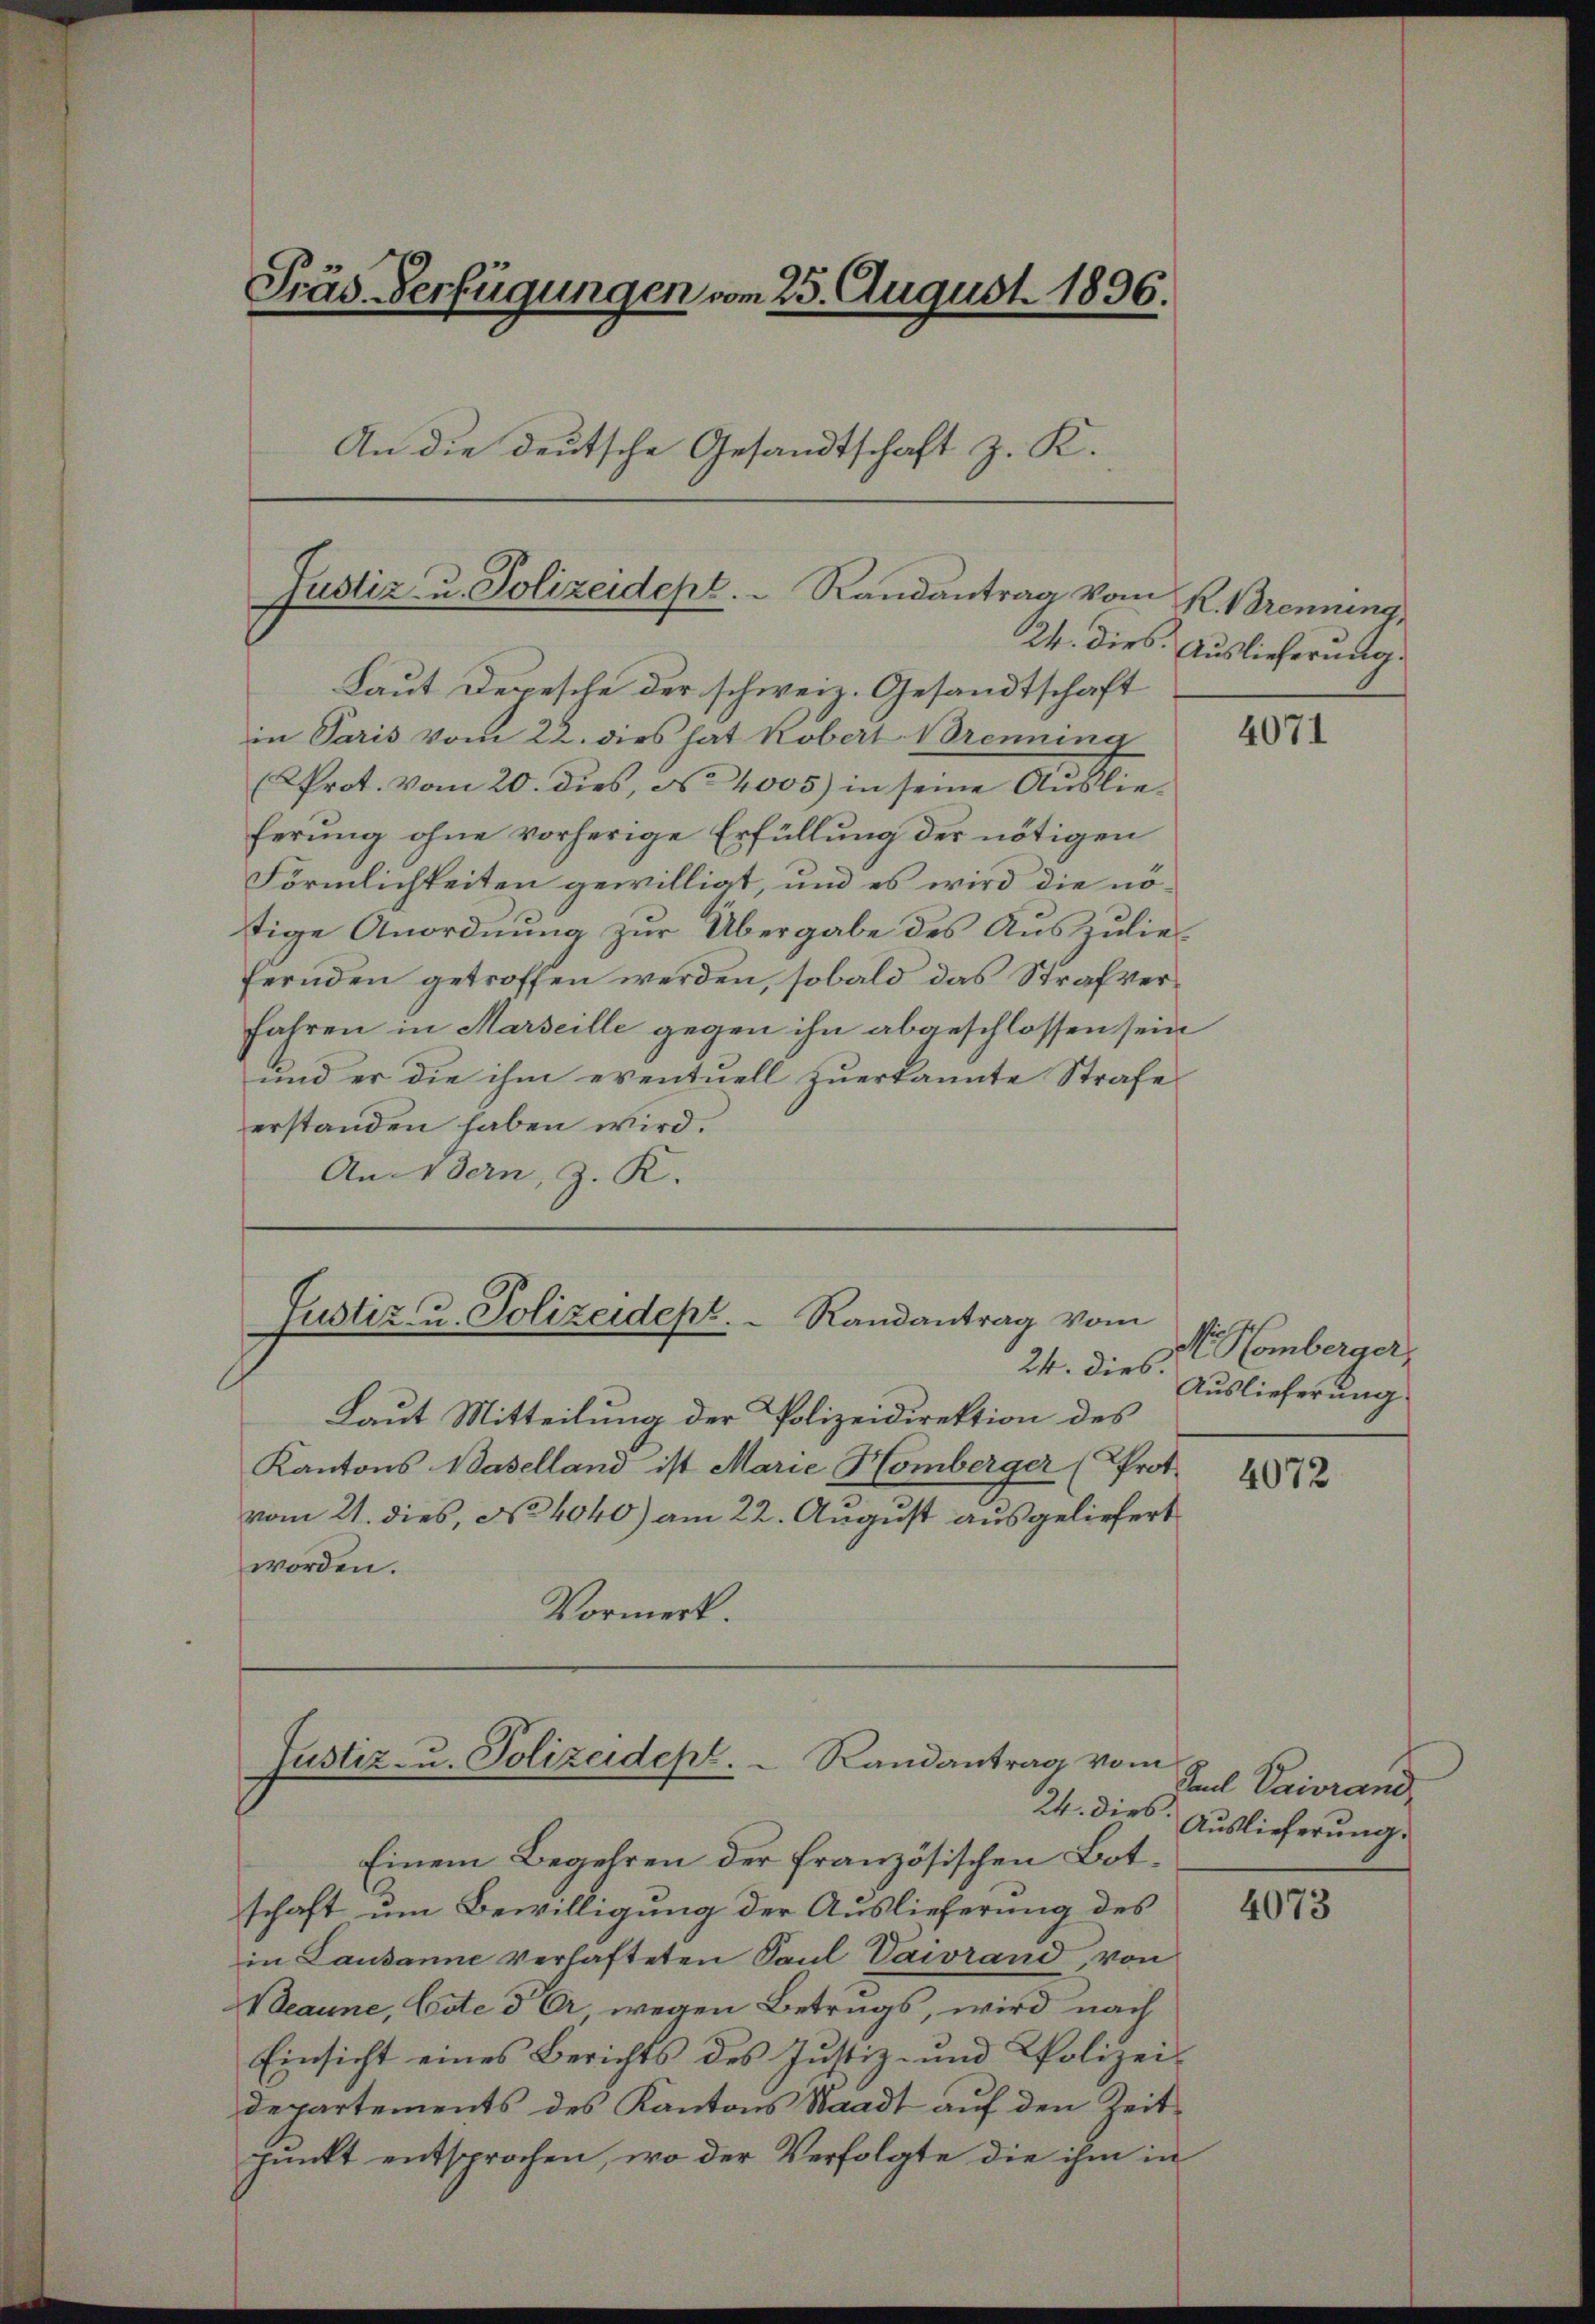
Präs. Verfügungen vom 25. August 1896.
An die deutsche Gesandtschaft z. K.

Justiz- u. Polizeidept. Randantrag vom

Laut Depesche der schweiz. Gesandtschaft
in Paris vom 22. dies hat Kobert Brenning
Prot. Vom 20. dies, No 4005) in seine Auslieferung ohne vorherige Erfüllung der nötigen
Förmlichkeiten gewilligt, und es wird die nötige Anordnung zur Übergabe des Auszuliefernden getroffen werden, sobald das Strafver¬
Jahren in Marseille gegen ihn abgeschlossen sein
und er die ihm eventuell zŭerkannte Strafe
erstanden haben wird.
Andern, z. R.

Justiz- u. Polizeidept.  Randantrag vom

24. dies.
Laut Mitteilung der Polizeidirektion des
Kantons Baselland ist Marie Homberger (Prot.
vom 21. dies, No 4040) am 22. August ausgeliefert
worden.
Vormerk

Justiz- u. Polizeidept.   Randantrag vom
24. dies.

Einem Begehren der französischen Botschaft um Bewilligung der Auslieferung des
in Lausanne verhafteten Paul Vawrand, von
Weanne, Cote d A wegen Betrugs, wird nach
Einsicht eines Berichts des Justiz- und Polizei-
departements des Kantons Waadt auf den Zeitpunkt entsprochen, wo der Verfolgte die ihm in

K Brennung,
24. dies Auslieferung.

4071

Homberger,
Auslieferung

4072

Raul Paivrand
Auslieferung.

4073